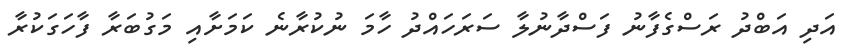
އަދި އަބްދު ރަސްގެފާނު ފަސްދާނުލާ ސަރަހައްދު ހާމަ ނުކުރާނެ ކަމަށާއި މަގުބަރާ ފާހަގަކުރާ